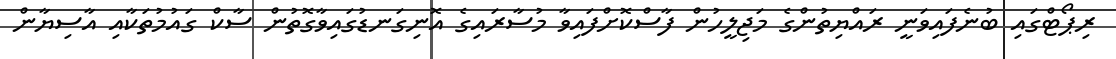
ރިޕޯޓްގައި ބުނެފައިވަނީ ރައްޔިތުންގެ މަޖިލީހުން ފާސްކޮށްފައިވާ މުސާރައިގެ އޮނިގަނޑުގައިވާގޮތުން ސާކް ގައުމުތަކާއި އާސިޔާން